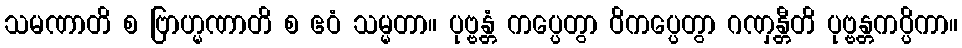
သမဏာတိ စ ဗြာဟ္မဏာတိ စ ဧဝံ သမ္မတာ။ ပုဗ္ဗန္တံ ကပ္ပေတွာ ဝိကပ္ပေတွာ ဂဏှန္တီတိ ပုဗ္ဗန္တကပ္ပိကာ။